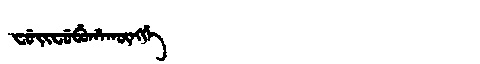
Manchu: ᠸᡠᡳᠸᡠᠪᡠᡥᠠᡴᡡᠩᡤᡝ
Romanization: FUIFUBUHAKŪNGGE